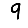
Digit: 9